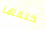
خلفها